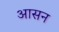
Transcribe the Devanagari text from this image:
अासन